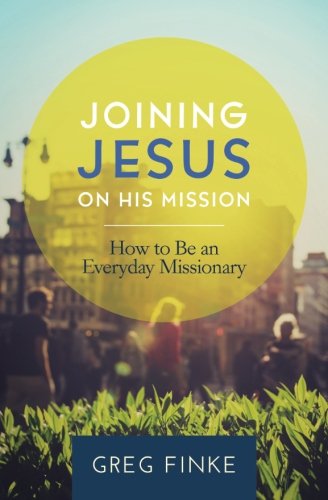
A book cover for Joining Jesus on His Mission: How to Be an Everyday Missionary; Greg Finke; Christian Books & Bibles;